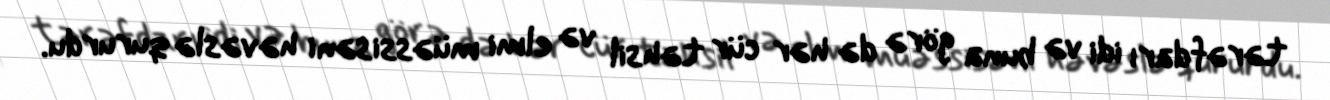
tərəfdarı idi və buna görə də hər cür təhsil və elmi müəssisəni həvəslə qururdu.